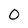
Character: 0